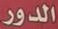
الدور